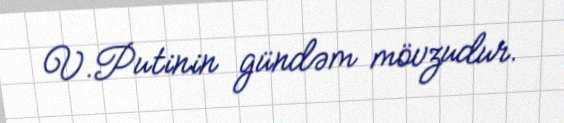
V.Putinin gündəm mövzudur.